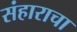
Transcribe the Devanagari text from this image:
संहाराचा